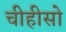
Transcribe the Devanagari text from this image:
चीहीसो